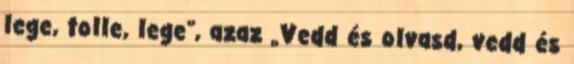
lege, tolle, lege”, azaz „Vedd és olvasd, vedd és